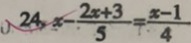
2 4 . x - \frac { 2 x + 3 } { 5 } = \frac { x - 1 } { 4 }